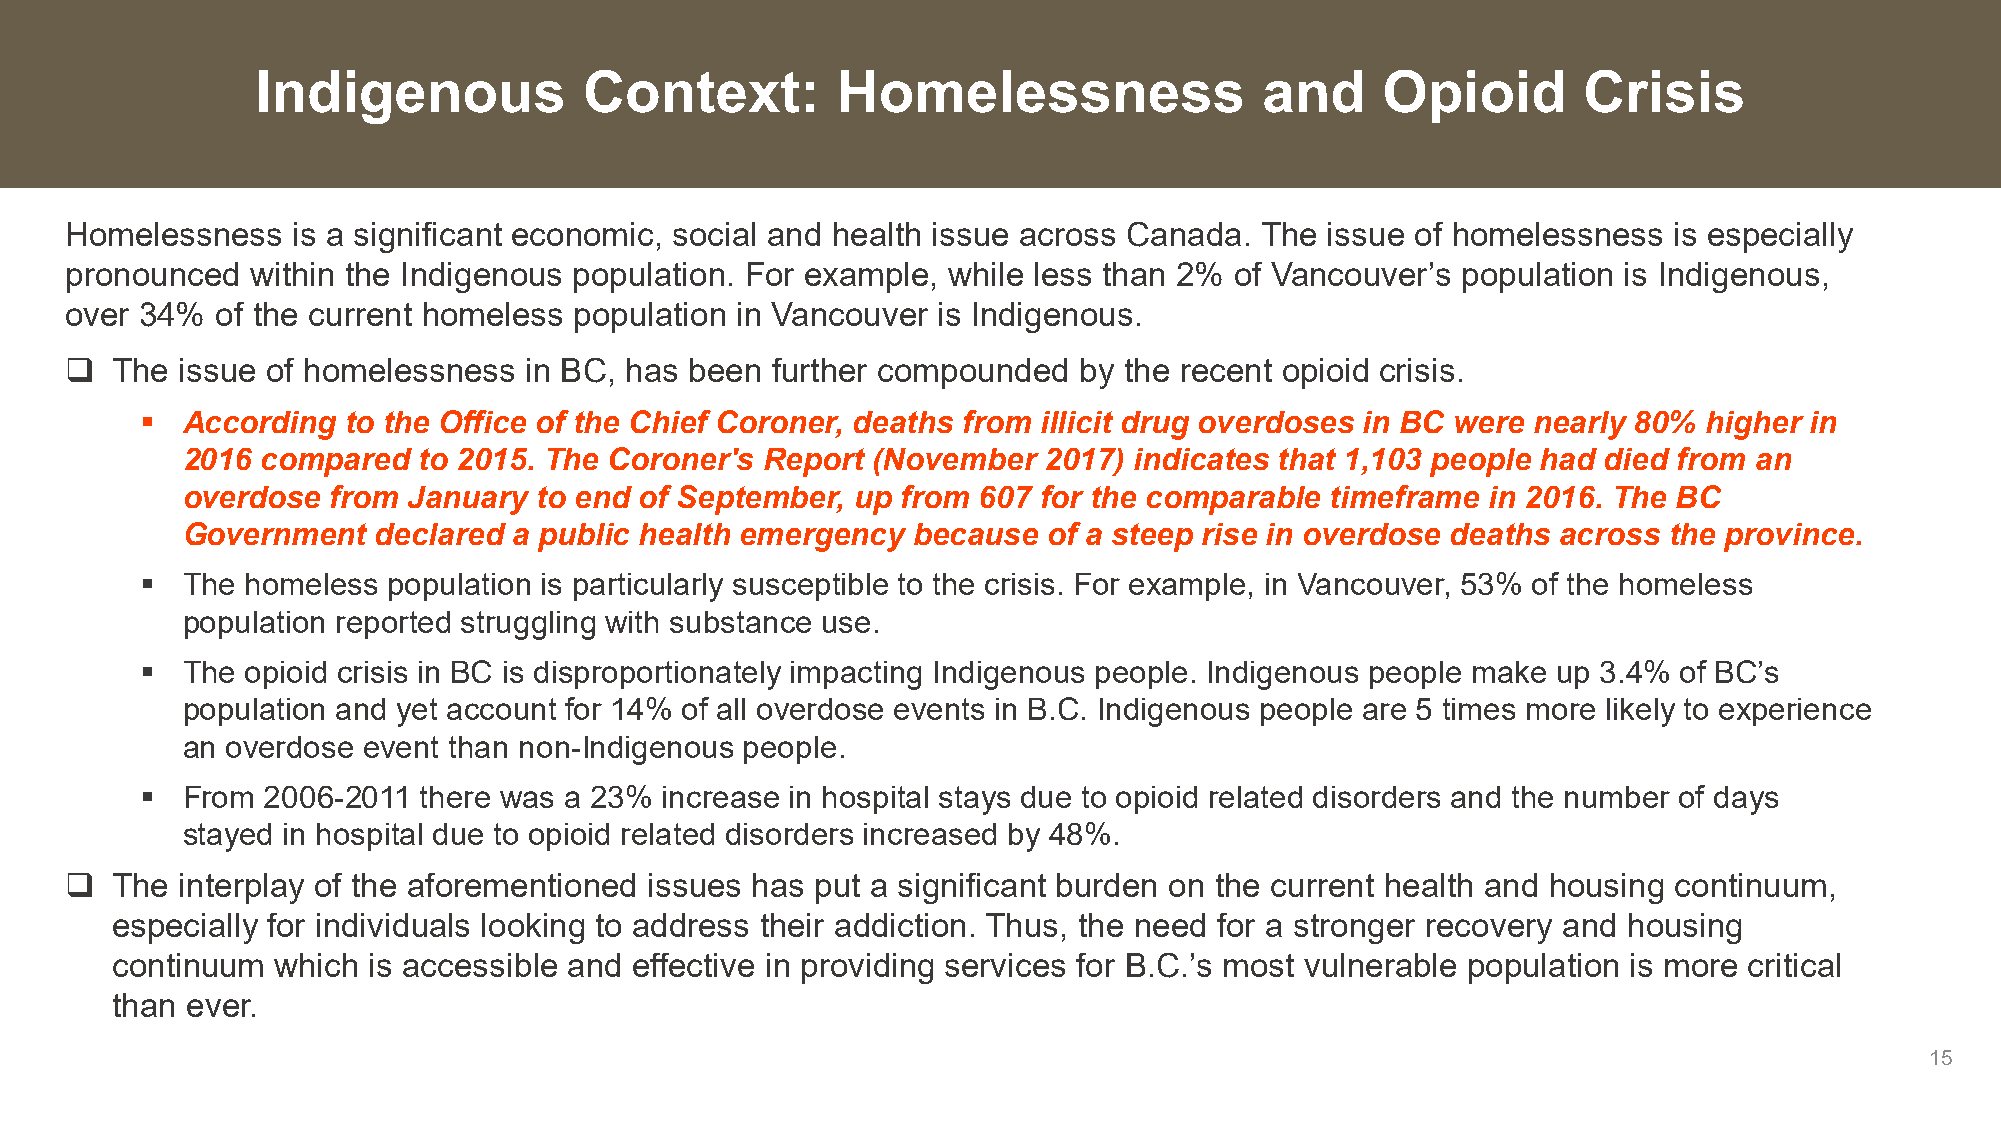
Indigenous            Context:        Homelessness                 and    Opioid        Crisis
 Homelessness   is a significant economic, social and health issue across Canada. The issue of homelessness is especially
 pronounced   within the Indigenous population. For example, while less than 2% of Vancouver’s population is Indigenous,
 over 34%  of the current homeless population in Vancouver is Indigenous.
   The  issue of homelessness  in BC, has been further compounded  by the recent opioid crisis.
   According  to the Office of the Chief Coroner, deaths from illicit drug overdoses in BC were nearly 80% higher in
 2016 compared   to 2015. The Coroner's Report (November  2017) indicates that 1,103 people had died from an
 overdose  from January  to end of September, up from 607 for the comparable timeframe  in 2016. The BC
 Government   declared a public health emergency because  of a steep rise in overdose deaths across the province.
   The homeless  population is particularly susceptible to the crisis. For example, in Vancouver, 53% of the homeless
 population reported struggling with substance use.
   The opioid crisis in BC is disproportionately impacting Indigenous people. Indigenous people make up 3.4% of BC’s
 population and yet account for 14% of all overdose events in B.C. Indigenous people are 5 times more likely to experience
 an overdose event than non-Indigenous people.
   From 2006-2011  there was a 23% increase in hospital stays due to opioid related disorders and the number of days
 stayed in hospital due to opioid related disorders increased by 48%.
   The  interplay of the aforementioned issues has put a significant burden on the current health and housing continuum,
 especially for individuals looking to address their addiction. Thus, the need for a stronger recovery and housing
 continuum  which is accessible and effective in providing services for B.C.’s most vulnerable population is more critical
 than ever.
 15